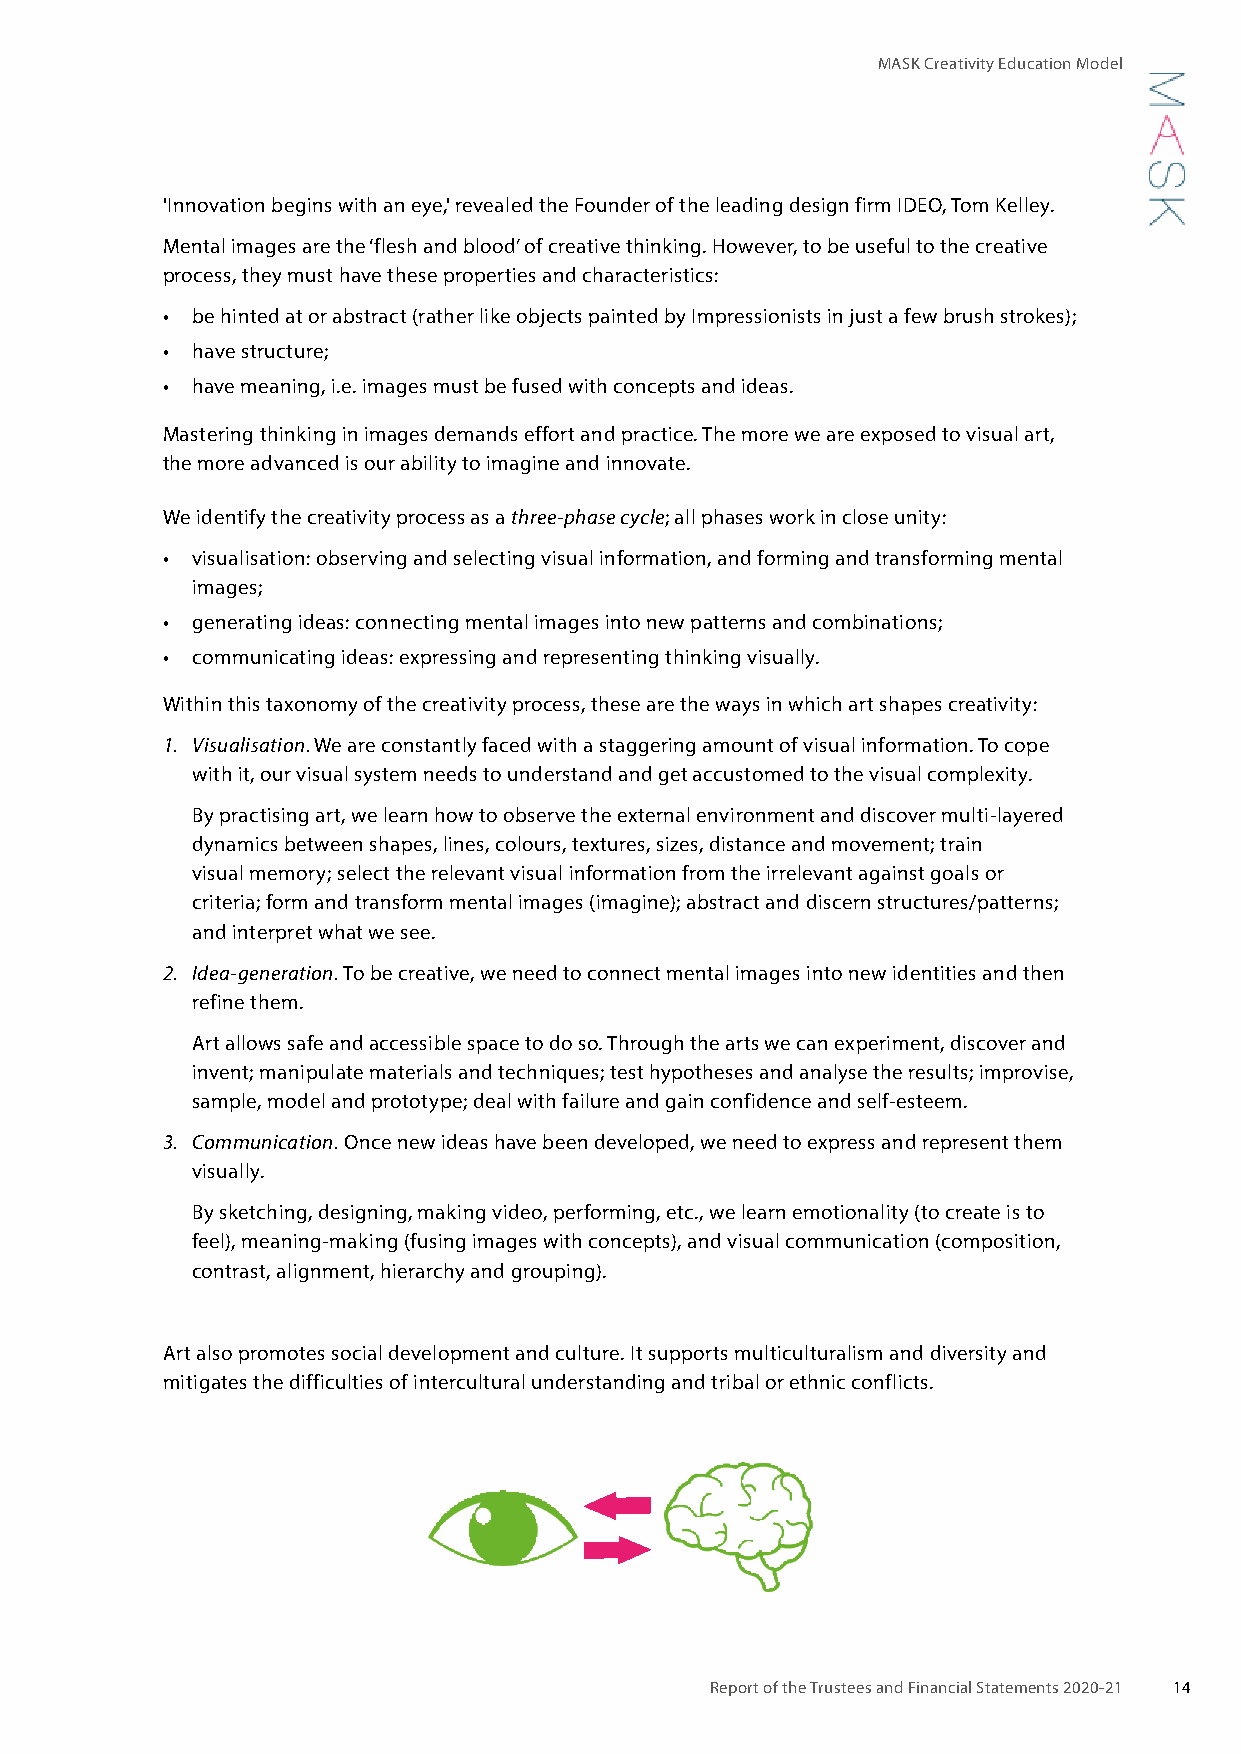
MASK Creativity Education Model
 'Innovation begins with an eye,' revealed the Founder of the leading design firm IDEO, Tom Kelley.
 Mental images are the ‘flesh and blood’ of creative thinking. However, to be useful to the creative
 process, they must have these properties and characteristics:
 • be hinted at or abstract (rather like objects painted by Impressionists in just a few brush strokes);
 • have structure;
 • have meaning, i.e. images must be fused with concepts and ideas.
 Mastering thinking in images demands effort and practice. The more we are exposed to visual art,
 the more advanced is our ability to imagine and innovate.
 We identify the creativity process as a three-phase cycle; all phases work in close unity:
 • visualisation: observing and selecting visual information, and forming and transforming mental
 images;
 • generating ideas: connecting mental images into new patterns and combinations;
 • communicating ideas: expressing and representing thinking visually.
 Within this taxonomy of the creativity process, these are the ways in which art shapes creativity:
 1. Visualisation. We are constantly faced with a staggering amount of visual information. To cope
 with it, our visual system needs to understand and get accustomed to the visual complexity.
 By practising art, we learn how to observe the external environment and discover multi-layered
 dynamics between shapes, lines, colours, textures, sizes, distance and movement; train
 visual memory; select the relevant visual information from the irrelevant against goals or
 criteria; form and transform mental images (imagine); abstract and discern structures/patterns;
 and interpret what we see.
 2. Idea-generation. To be creative, we need to connect mental images into new identities and then
 refine them.
 Art allows safe and accessible space to do so. Through the arts we can experiment, discover and
 invent; manipulate materials and techniques; test hypotheses and analyse the results; improvise,
 sample, model and prototype; deal with failure and gain confidence and self-esteem.
 3. Communication. Once new ideas have been developed, we need to express and represent them
 visually.
 By sketching, designing, making video, performing, etc., we learn emotionality (to create is to
 feel), meaning-making (fusing images with concepts), and visual communication (composition,
 contrast, alignment, hierarchy and grouping).
 Art also promotes social development and culture. It supports multiculturalism and diversity and
 mitigates the difficulties of intercultural understanding and tribal or ethnic conflicts.
 Report of the Trustees and Financial Statements 2020-21 14